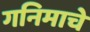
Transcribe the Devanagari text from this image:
गनिमाचे